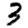
Digit: 3